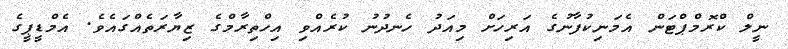
ނީލް ކްރޮމްޕްޓަން އެމަނިކުފާނުގެ އަރިހަށް މިއަދު ހެނދުނު ކުރެއްވި އިހްތިރާމްގެ ޒިޔާރަތެއްގައެވެ. އެމްޑީޕީގެ